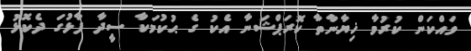
ވައްކަން ކުުރުމާ ޚިޔާނާތާ ކޮރަޕްޝަނާ އެކު ގެ ޙުކުމަކާ ސީދާ ފާޅުގަ ދެކޮޅު